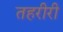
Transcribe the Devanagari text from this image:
तहरीरी